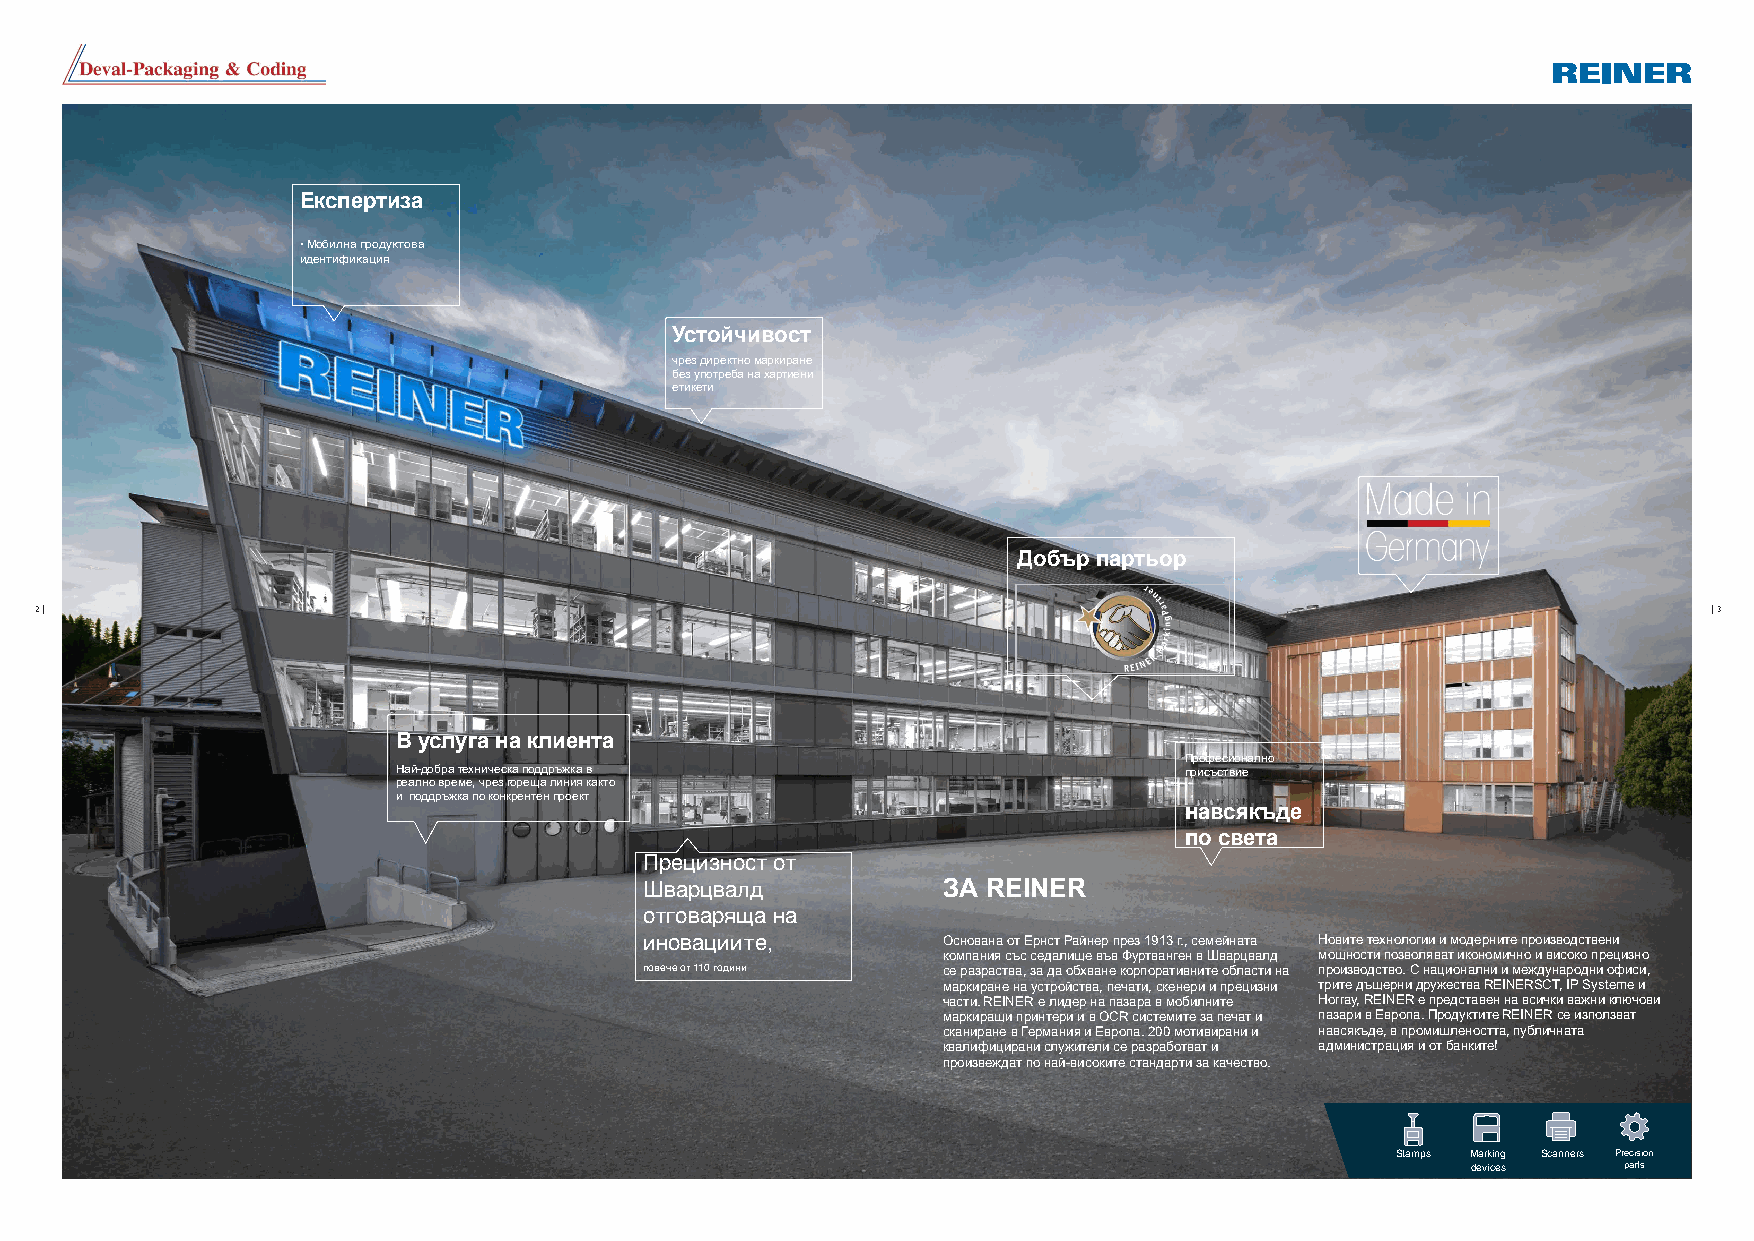
Експертиза
 • Мобилна продуктова
 идентификация
 Устойчивост
 чрез директно маркиране
 без употреба на хартиени
 етикети
 Добър партьор
 2 |                                                                                                            | 3
 В услуга на клиента
 Професионално
 Най-добра техническа поддръжка в                    присъствие
 реално време, чрез гореща линия както
 и поддръжка по конкрентен проект
 навсякъде
 по света
 Прецизност от
 Шварцвалд          ЗА REINER
 отговаряща на
 иновациите,        Основана от Ернст Райнер през 1913 г., семейната Новите технологии и модерните производствени
 компания със седалище във Фуртванген в Шварцвалд мощности позволяват икономично и високо прецизно
 повече от 110 години се разраства, за да обхване корпоративните области на производство. С национални и международни офиси,
 маркиране на устройства, печати, скенери и прецизни трите дъщерни дружества REINERSCT, IP Systeme и
 части. REINER е лидер на пазара в мобилните Horray, REINER е представен на всички важни ключови
 маркиращи принтери и в OCR системите за печат и пазари в Европа. Продуктите REINER се използват
 сканиране в Германия и Европа. 200 мотивирани и навсякъде, в промишлеността, публичната
 квалифицирани служители се разработват и администрация и от банките!
 произвеждат по най-високите стандарти за качество.
 Stamps Marking Scanners Precision
 devices    parts